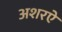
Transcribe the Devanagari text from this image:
अशरऐ